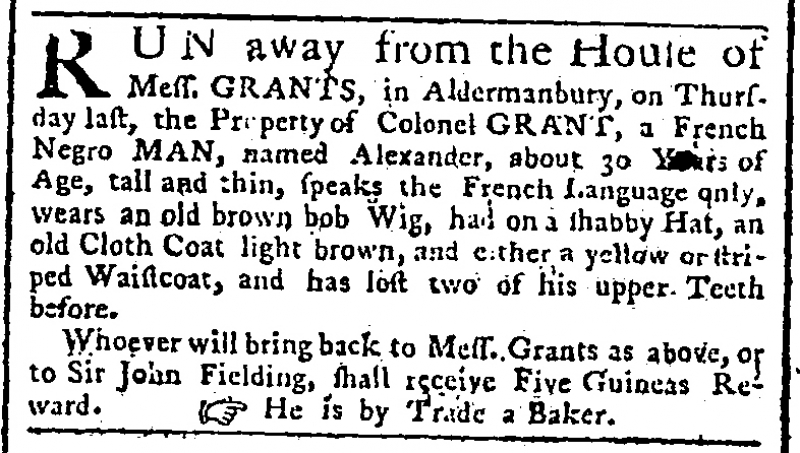
Public Advertiser, 18 May 1764 (England)
RUN away from the House of Mess. GRANTS, in Aldermanbury, on Thursday last, the Property of Colonel GRANT, a French Negro MAN, named Alexander, about 30 Years of Age, tall and thin, speaks the French Language only, wears an old brown bob Wig, had on a shabby Hat, an old Cloth Coat light brown and either a yellow or striped Waistcoat, and has lost two of his upper Teeth before.  Whoever will bring back to Mess. Grants as above or to Sir John Fielding, shall receive Five Guineas Reward.   He is by Trade a Baker.